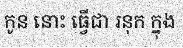
កូន នោះ ធ្វើជា រនុក ក្នុង